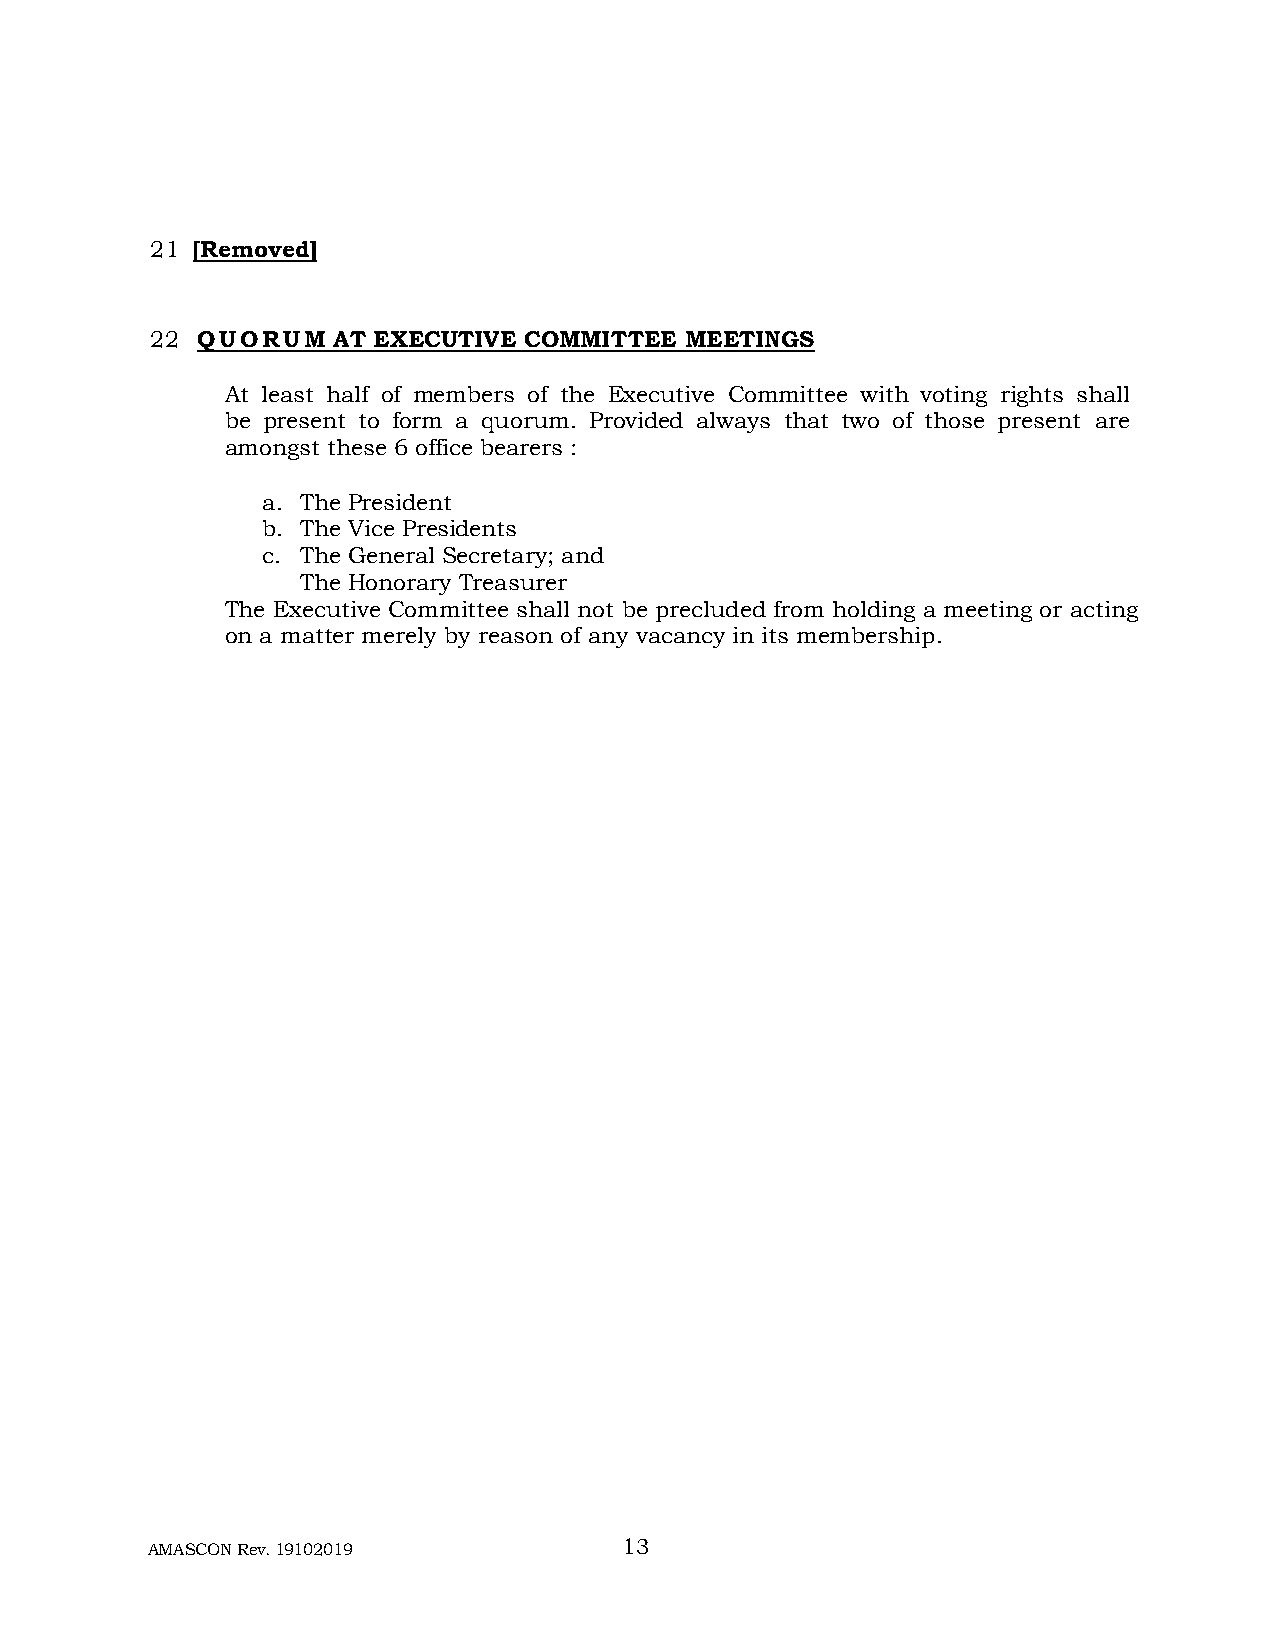
21 [Removed]
 22 Q U O R U M AT EXECUTIVE COMMITTEE MEETINGS
 At least half of members of the Executive Committee with voting rights shall
 be present to form a quorum. Provided always that two of those present are
 amongst these 6 office bearers :
 a. The President
 b. The Vice Presidents
 c. The General Secretary; and
 The Honorary Treasurer
 The Executive Committee shall not be precluded from holding a meeting or acting
 on a matter merely by reason of any vacancy in its membership.
 AMASCON Rev. 19102019          13